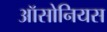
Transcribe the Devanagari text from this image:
ऑसोनियस